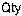
QTY